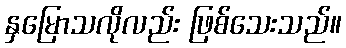
နှမြောသလိုလည်း ဖြစ်သေးသည်။